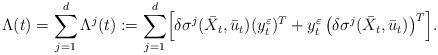
LaTeX: \begin{align*}\Lambda(t) &= \sum_{j=1}^d \Lambda^j(t) := \sum_{j=1}^d \Bigl[ \delta\sigma^j(\bar{X}_t,\bar{u}_t) (y^{\varepsilon}_t)^T + y^{\varepsilon}_t \left(\delta \sigma^j(\bar{X}_t,\bar{u}_t) \right)^T \Bigr].\end{align*}